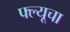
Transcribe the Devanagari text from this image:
फ्ल्यूचा